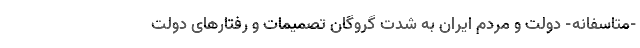
-متاسفانه- دولت و مردم ایران به شدت گروگان تصمیمات و رفتارهای دولت